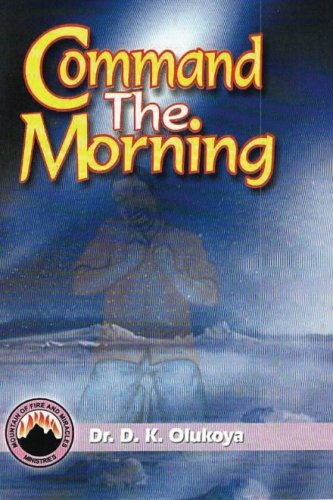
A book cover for Command the Morning; Dr. D. K. Olukoya; Christian Books & Bibles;